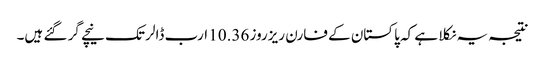
نتیجہ یہ نکلا ہے کہ پاکستان کے فارن ریزروز 10.36 ارب ڈالر تک نیچے گر گئے ہیں۔